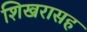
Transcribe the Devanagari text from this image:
शिखरासह